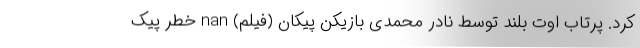
کرد. پرتاب اوت بلند توسط نادر محمدی بازیکن پیکان (فیلم) nan خطر پیک